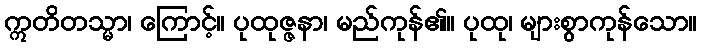
ဣတိတသ္မာ၊ ကြောင့်။ ပုထုဇ္ဇနာ၊ မည်ကုန်၏။ ပုထု၊ များစွာကုန်သော။